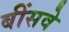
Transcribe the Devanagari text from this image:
बींसवे